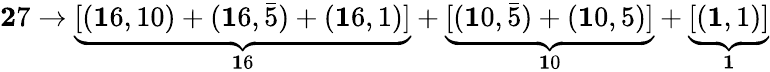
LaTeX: {\mathbf 27}\rightarrow\underbrace{[({\mathbf 16,10})+({\mathbf 16,\bar{5}})+({\mathbf 16,1})]}_{\mathbf 16}+\underbrace{[({\mathbf 10,\bar{5}})+({\mathbf 10,5})]}_{\mathbf 10}+\underbrace{[({\mathbf 1,1})]}_{{\mathbf 1}}